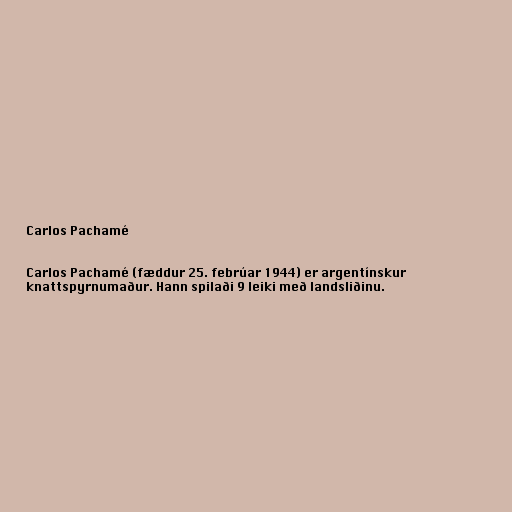
Carlos Pachamé

Carlos Pachamé (fæddur 25. febrúar 1944) er argentínskur
knattspyrnumaður. Hann spilaði 9 leiki með landsliðinu.